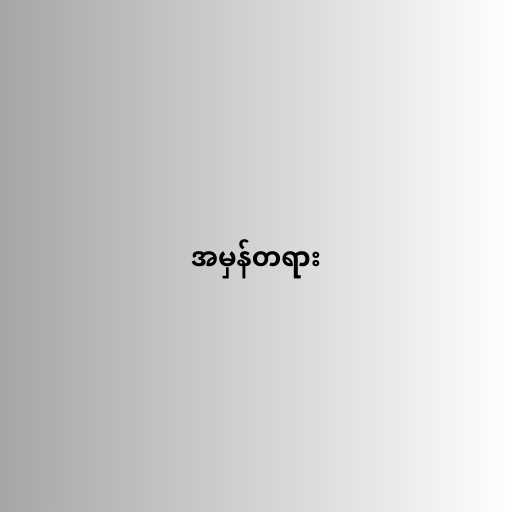
အမှန်တရား